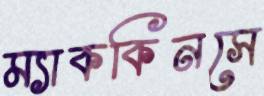
ম্যাককিনসে